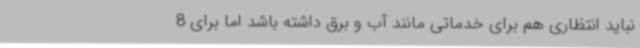
نباید انتظاری هم برای خدماتی مانند آب و برق داشته باشد اما برای 8